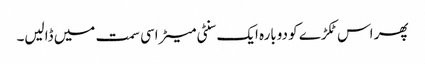
پھر اس ٹکڑے کو دوبارہ ایک سنٹی میٹر اسی سمت میں ڈالیں۔